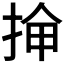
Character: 𫼸